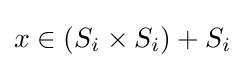
x\in (S_{i}\times S_{i})+S_{i}